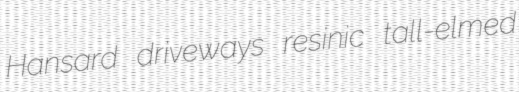
Hansard driveways resinic tall-elmed